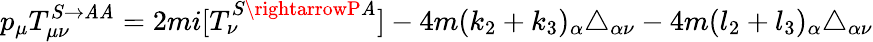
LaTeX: p_{\mu}T_{\mu\nu}^{S\rightarrow\mathit{A}\mathit{A}}=2mi[T_{\nu}^{S\rightarrowP\mathit{A}}]-4m(k_{2}+k_{3})_{\alpha}\triangle_{\alpha\nu}-4m(l_{2}+l_{3})_{\alpha}\triangle_{\alpha\nu}